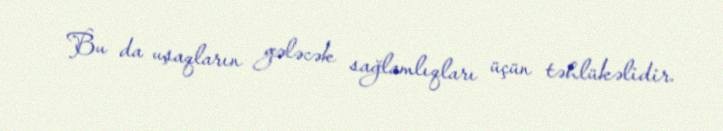
Bu da uşaqların gələcək sağlamlıqları üçün təhlükəlidir.